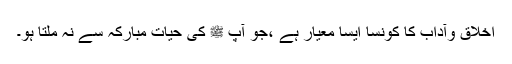
اخلاق وآداب کا کونسا ایسا معیار ہے ،جو آپ ﷺ کی حیات مبارکہ سے نہ ملتا ہو۔